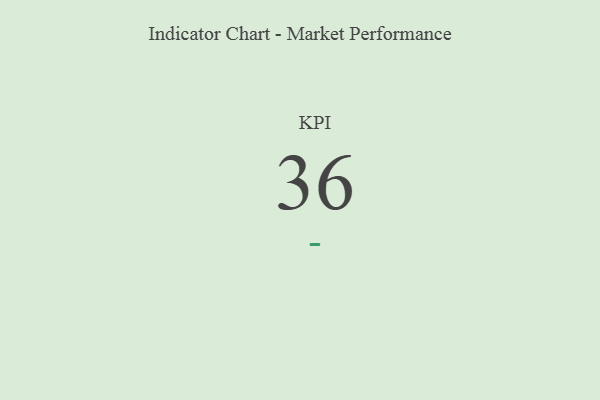
{"axis": {"x": "KPI", "y": "Value"}, "legend": [""], "data": [{"x": "KPI", "y": 36, "type": ""}]}